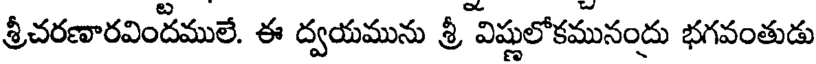
శ్రీచరణారవిందములే. ఈ ద్వయమును శ్రీ విష్ణులోకమునంద్రు భగవంతుడు